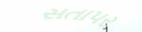
સતાપર